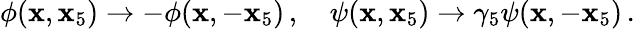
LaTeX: \phi(\mathbf{x},\mathbf{x}_{5})\rightarrow-\phi(\mathbf{x},-\mathbf{x}_{5})\, ,\quad\psi(\mathbf{x},\mathbf{x}_{5})\rightarrow\gamma_{5}\psi(\mathbf{x},-\mathbf{x}_{5})\, .